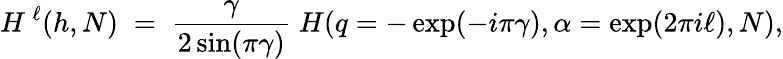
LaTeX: H^{\, \ell}(h,N)\; =\; \frac{\gamma}{2\sin(\pi\gamma)}\; H(q=-\exp(-i\pi\gamma),\alpha=\exp(2\pi i\ell),N),